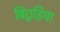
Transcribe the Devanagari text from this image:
बिछुड़िया